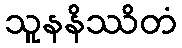
သူနနိဿိတံ